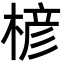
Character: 楌